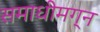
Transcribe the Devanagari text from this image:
समाधीमग्न